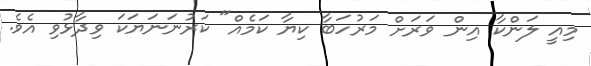
މިއީ ލަންކާ އިން ވަރަށް މަރުހަބާ ކިޔާ ކަމެއް" ކަރުނަނަަޔަކަ ވިދާޅުވި އެވެ.